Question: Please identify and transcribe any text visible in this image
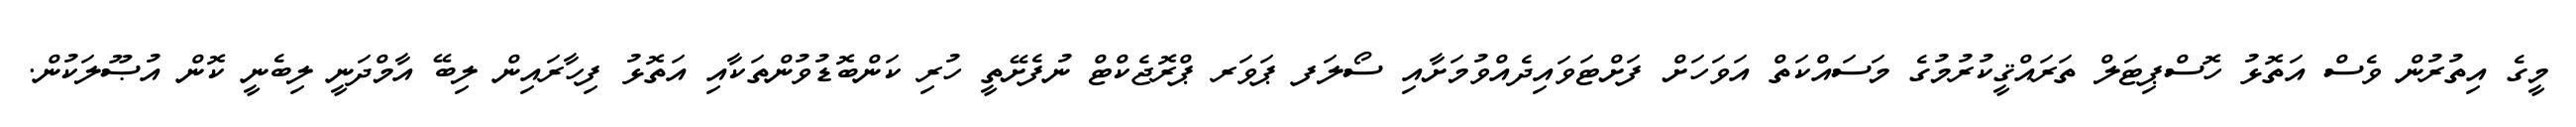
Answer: މީގެ އިތުރުން ވެސް އަތޮޅު ހޮސްޕިޓަލް ތަރައްޤީކުރުމުގެ މަސައްކަތް އަވަހަށް ފަށްޓަވައިދެއްވުމަށާއި ސޯލަފ ޕަވަރ ޕްރޮޖެކްޓް ނުފެށޭތީ ހުރި ކަންބޮޑުވުންތަކާއި އަތޮޅު ފިހާރައިން ލިބޭ އާމްދަނީ ލިބެނީ ކޮން އުޞޫލަކުން.